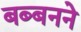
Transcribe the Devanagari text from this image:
बब्बनने